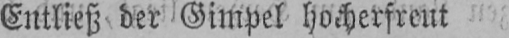
Entließ der Gimpel hocherfreut